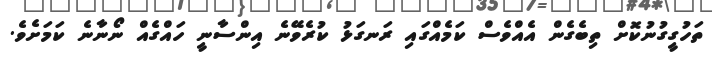
ތަހުގީގުނުކޮށް ތިބެގެން އެއްވެސް ކަމެއްގައި ރަނގަޅު ކުރެވޭނެ އިންސާނީ ހައްގެއް ނޯނާނެ ކަމަށެވެ.